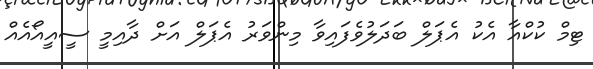
ޓިމް ކުކްއާ އެކު އެޕަލް ބަދަލުވެފައިވާ މިންވަރު އެޕަލް އަށް ދާއިމީ ސީއީއޯއެއް